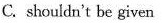
C. shouldn't be given